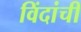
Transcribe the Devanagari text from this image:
विंदांची